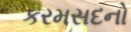
કરમસદનો